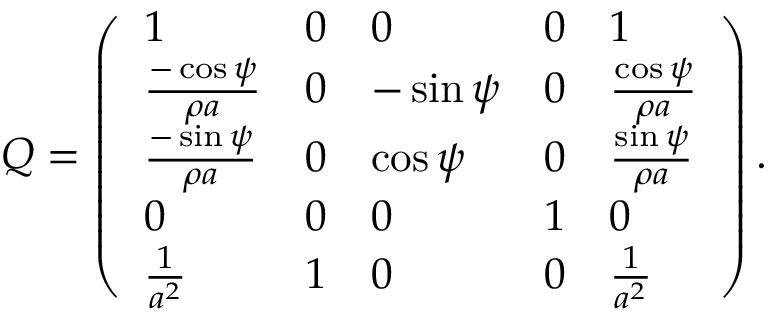
Q = \left( \begin{array} { l l l l l } { 1 } & { 0 } & { 0 } & { 0 } & { 1 } \\ { \frac { - \cos { \psi } } { \rho a } } & { 0 } & { - \sin { \psi } } & { 0 } & { \frac { \cos { \psi } } { \rho a } } \\ { \frac { - \sin { \psi } } { \rho a } } & { 0 } & { \cos { \psi } } & { 0 } & { \frac { \sin { \psi } } { \rho a } } \\ { 0 } & { 0 } & { 0 } & { 1 } & { 0 } \\ { \frac { 1 } { a ^ { 2 } } } & { 1 } & { 0 } & { 0 } & { \frac { 1 } { a ^ { 2 } } } \end{array} \right) .